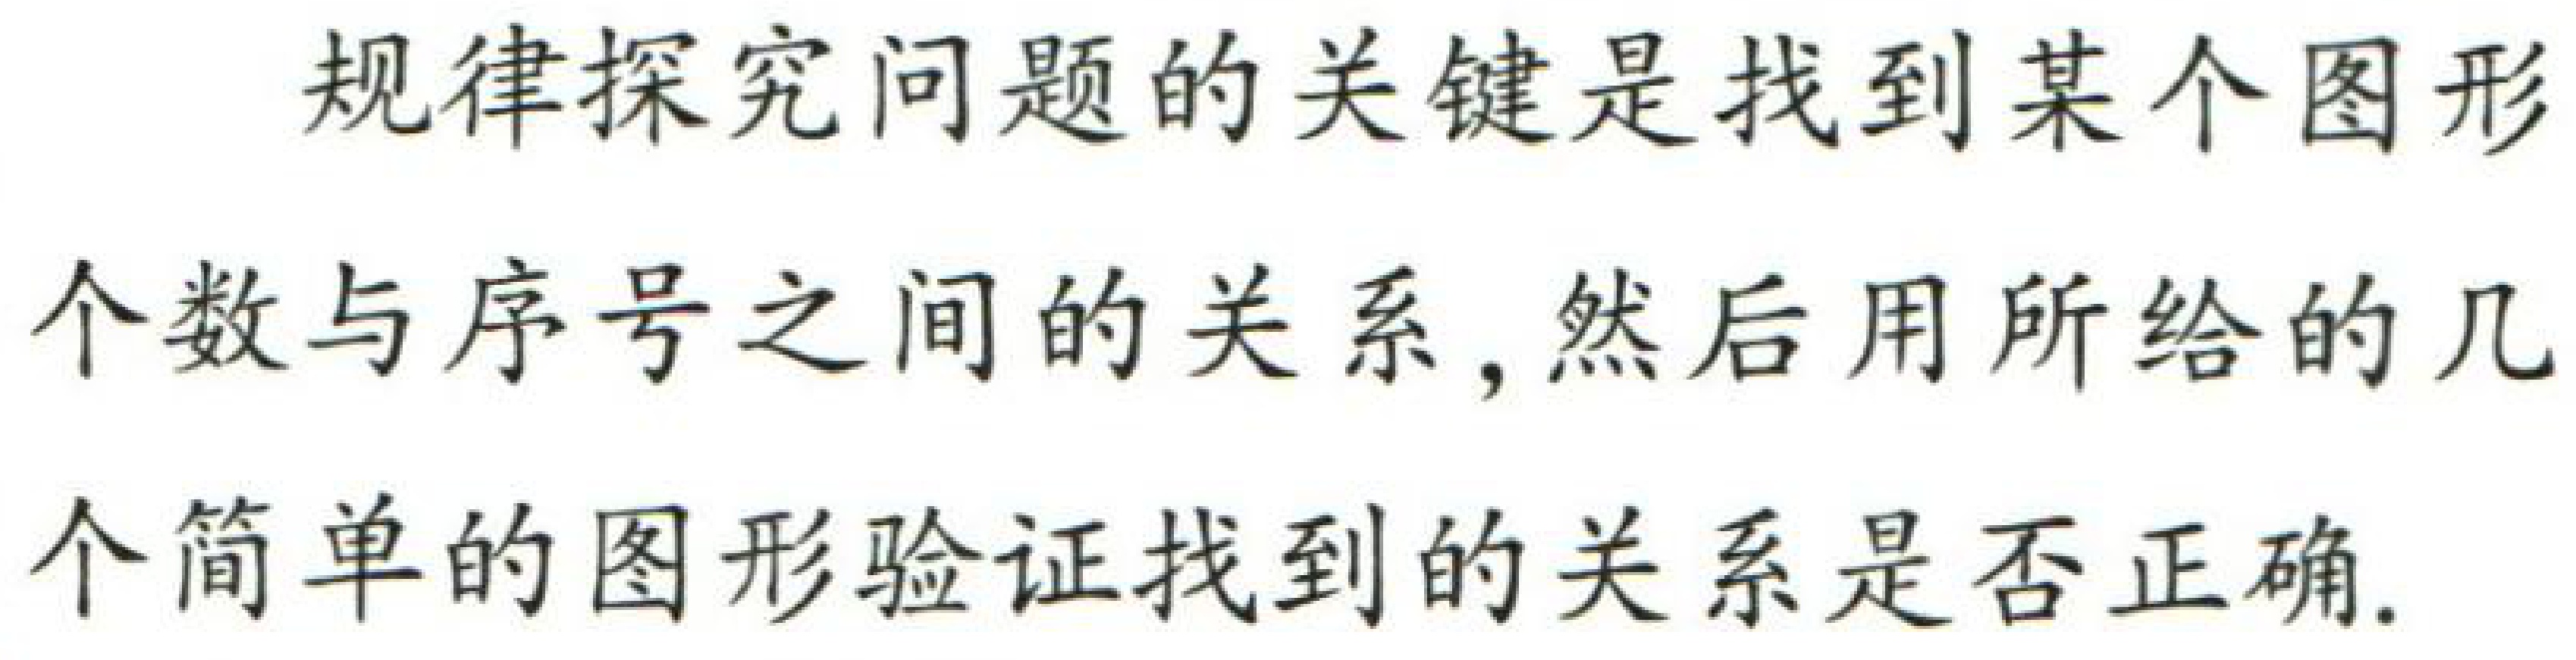
规律探究问题的关键是找到某个图形个数与序号之间的关系，然后用所给的几个简单的图形验证找到的关系是否正确.